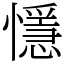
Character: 懚